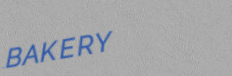
BAKERY